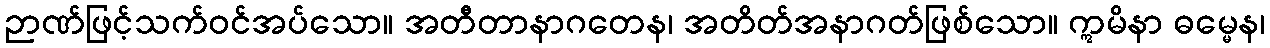
ဉာဏ်ဖြင့်သက်ဝင်အပ်သော။ အတီတာနာဂတေန၊ အတိတ်အနာဂတ်ဖြစ်သော။ ဣမိနာ ဓမ္မေန၊